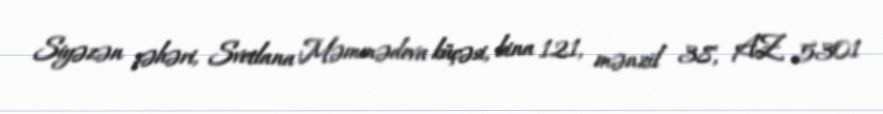
Siyəzən şəhəri, Svetlana Məmmədova küçəsi, bina 121, mənzil 38, AZ 5301